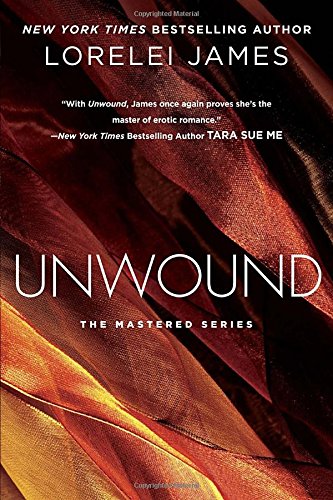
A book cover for Unwound: The Mastered Series; Lorelei James; Romance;